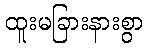
ထူးမခြားနားစွာ